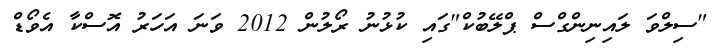
"ސިލްވަ ލައިނިންގްސް ޕްލޭބުކް"ގައި ކުޅުނު ރޯލުން 2012 ވަނަ އަހަރު އޮސްކާ އެވޯޑް